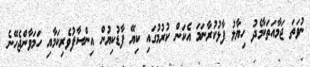
ނުވަތަ ޖަމާއަތަކާމެދު ހިޔާލު ފާޅުކުރާނަމަ އެކަން ކުރުމުގައި ކިޔޭ ފާޑުކިޔުން އިންސާފުވެރިކަމާއި ހަމަވާންޖެހޭނެ